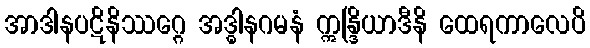
အာဒါနပဋိနိဿဂ္ဂေ အဒ္ဓါနဂမနံ ဣန္ဒြိယာဒီနိ ထေရကာလေပိ